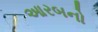
આરબનો